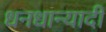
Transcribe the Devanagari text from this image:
धनधान्यादी